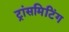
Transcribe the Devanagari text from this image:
ट्रांसमिटिंग